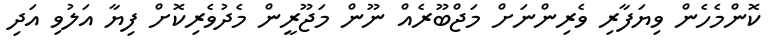
ކޮންމެހެން ވިޔަފާރި ވެރިންނަށް މަޖްބޫރެއް ނޫން މަޖޫރީން މެދުވެރިކޮށް ފިޔާ އަލުވި އަދި